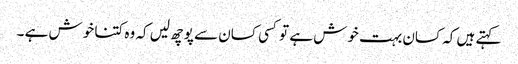
کہتے ہیں کہ کسان بہت خوش ہے تو کسی کسان سے پوچھ لیں کہ وہ کتنا خوش ہے ۔